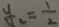
y _ { 1 } = \frac { 1 } { 2 }